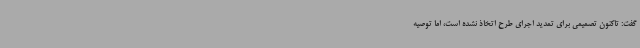
گفت: تاکنون تصمیمی برای تمدید اجرای طرح اتخاذ نشده است، اما توصیه